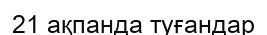
21 ақпанда туғандар